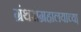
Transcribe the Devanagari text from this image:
ग्रंथसंग्रहालयाच्या़